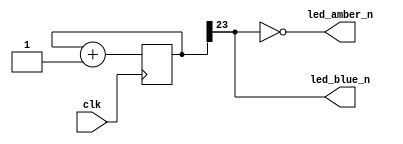
module blink_test (
	input wire clk,
	output wire led_blue_n,
	output wire led_amber_n
);

reg [26:0] counter = 0;

always @(posedge clk) 
    counter <= counter + 1;

assign led_blue_n = counter[23];
assign led_amber_n = ~counter[23];

endmodule